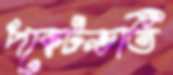
পকেটভর্তি